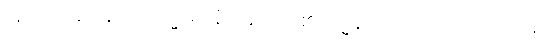
အာဂတဌာနေ၊ ၌။ ကမ္မာရာနံ၊ ပန်းပဲတို့၏။ ဠဒ္ဓနံ၊ ဖိုလ်ဝ်။ ဝံ၊ တင်းကုတ်ဝ်။